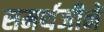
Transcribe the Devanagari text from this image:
समर्थजीनें